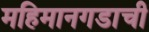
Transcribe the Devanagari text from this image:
महिमानगडाची